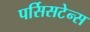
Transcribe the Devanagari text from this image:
पर्सिसटेन्स